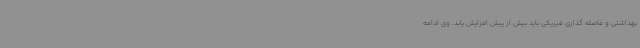
بهداشتی و فاصله گذاری فیزیکی باید بیش از پیش افزایش یابد. وی ادامه